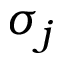
\sigma _ { j }